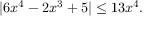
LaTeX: | 6 x ^ { 4 } - 2 x ^ { 3 } + 5 | \leq 1 3 x ^ { 4 } .